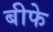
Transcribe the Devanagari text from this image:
बीफे